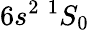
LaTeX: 6s^{2}~^{1}S_{0}